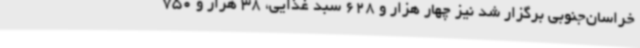
خراسان‌جنوبی برگزار شد نیز چهار هزار و 628 سبد غذایی، 38 هزار و 750